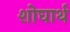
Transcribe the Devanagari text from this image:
शोघार्थ